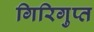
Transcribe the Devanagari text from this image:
गिरिगुप्त